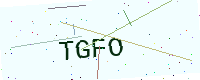
Text: TGFO